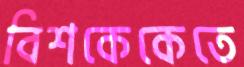
বিশকেকেতে